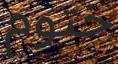
ختوم